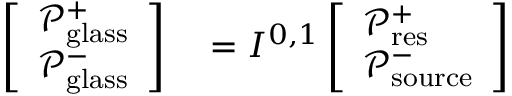
\begin{array} { r l } { \left[ \begin{array} { l } { \mathcal { P } _ { \mathrm { g l a s s } } ^ { + } } \\ { \mathcal { P } _ { \mathrm { g l a s s } } ^ { - } } \end{array} \right] } & { { } = I ^ { 0 , 1 } \left[ \begin{array} { l } { \mathcal { P } _ { \mathrm { r e s } } ^ { + } } \\ { \mathcal { P } _ { \mathrm { s o u r c e } } ^ { - } } \end{array} \right] } \end{array}